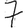
Digit: 7